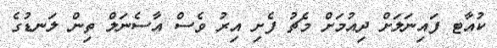
ކުއާާޓ ފައިނަލަށް ދިއުމަށް މެޗު ފެށި އިރު ވެސް އާސެނަލް ތިން ލަނޑުގެ